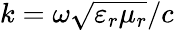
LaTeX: k=\omega\sqrt{\varepsilon_{r}\mu_{r}}/c